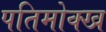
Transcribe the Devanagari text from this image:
पतिमोक्ख